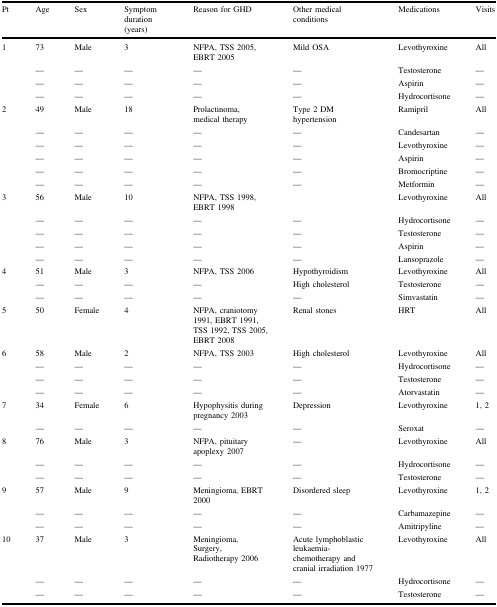
<table><thead><tr><td><b>Pt</b></td><td><b>Age</b></td><td><b>Sex</b></td><td><b>Symptom duration (years)</b></td><td><b>Reason for GHD</b></td><td><b>Other medical conditions</b></td><td><b>Medications</b></td><td><b>Visits</b></td></tr></thead><tbody><tr><td>1</td><td>73</td><td>Male</td><td>3</td><td>NFPA, TSS 2005, EBRT 2005</td><td>Mild OSA</td><td>Levothyroxine</td><td>All</td></tr><tr><td></td><td>—</td><td>—</td><td>—</td><td>—</td><td>—</td><td>Testosterone</td><td>—</td></tr><tr><td></td><td>—</td><td>—</td><td>—</td><td>—</td><td>—</td><td>Aspirin</td><td>—</td></tr><tr><td></td><td>—</td><td>—</td><td>—</td><td>—</td><td>—</td><td>Hydrocortisone</td><td>—</td></tr><tr><td>2</td><td>49</td><td>Male</td><td>18</td><td>Prolactinoma, medical therapy</td><td>Type 2 DM hypertension</td><td>Ramipril</td><td>All</td></tr><tr><td></td><td>—</td><td>—</td><td>—</td><td>—</td><td>—</td><td>Candesartan</td><td>—</td></tr><tr><td></td><td>—</td><td>—</td><td>—</td><td>—</td><td>—</td><td>Levothyroxine</td><td>—</td></tr><tr><td></td><td>—</td><td>—</td><td>—</td><td>—</td><td>—</td><td>Aspirin</td><td>—</td></tr><tr><td></td><td>—</td><td>—</td><td>—</td><td>—</td><td>—</td><td>Bromocriptine</td><td>—</td></tr><tr><td></td><td>—</td><td>—</td><td>—</td><td>—</td><td>—</td><td>Metformin</td><td>—</td></tr><tr><td>3</td><td>56</td><td>Male</td><td>10</td><td>NFPA, TSS 1998, EBRT 1998</td><td></td><td>Levothyroxine</td><td>All</td></tr><tr><td></td><td>—</td><td>—</td><td>—</td><td>—</td><td>—</td><td>Hydrocortisone</td><td>—</td></tr><tr><td></td><td>—</td><td>—</td><td>—</td><td>—</td><td>—</td><td>Testosterone</td><td>—</td></tr><tr><td></td><td>—</td><td>—</td><td>—</td><td>—</td><td>—</td><td>Aspirin</td><td>—</td></tr><tr><td></td><td>—</td><td>—</td><td>—</td><td>—</td><td>—</td><td>Lansoprazole</td><td>—</td></tr><tr><td>4</td><td>51</td><td>Male</td><td>3</td><td>NFPA, TSS 2006</td><td>Hypothyroidism</td><td>Levothyroxine</td><td>All</td></tr><tr><td></td><td>—</td><td>—</td><td>—</td><td>—</td><td>High cholesterol</td><td>Testosterone</td><td>—</td></tr><tr><td></td><td>—</td><td>—</td><td>—</td><td>—</td><td>—</td><td>Simvastatin</td><td>—</td></tr><tr><td>5</td><td>50</td><td>Female</td><td>4</td><td>NFPA, craniotomy 1991, EBRT 1991, TSS 1992, TSS 2005, EBRT 2008</td><td>Renal stones</td><td>HRT</td><td>All</td></tr><tr><td>6</td><td>58</td><td>Male</td><td>2</td><td>NFPA, TSS 2003</td><td>High cholesterol</td><td>Levothyroxine</td><td>All</td></tr><tr><td></td><td>—</td><td>—</td><td>—</td><td>—</td><td>—</td><td>Hydrocortisone</td><td>—</td></tr><tr><td></td><td>—</td><td>—</td><td>—</td><td>—</td><td>—</td><td>Testosterone</td><td>—</td></tr><tr><td></td><td>—</td><td>—</td><td>—</td><td>—</td><td>—</td><td>Atorvastatin</td><td>—</td></tr><tr><td>7</td><td>34</td><td>Female</td><td>6</td><td>Hypophysitis during pregnancy 2003</td><td>Depression</td><td>Levothyroxine</td><td>1, 2</td></tr><tr><td></td><td>—</td><td>—</td><td>—</td><td>—</td><td>—</td><td>Seroxat</td><td>—</td></tr><tr><td>8</td><td>76</td><td>Male</td><td>3</td><td>NFPA, pituitary apoplexy 2007</td><td>—</td><td>Levothyroxine</td><td>All</td></tr><tr><td></td><td>—</td><td>—</td><td>—</td><td>—</td><td>—</td><td>Hydrocortisone</td><td>—</td></tr><tr><td></td><td>—</td><td>—</td><td>—</td><td>—</td><td>—</td><td>Testosterone</td><td>—</td></tr><tr><td>9</td><td>57</td><td>Male</td><td>9</td><td>Meningioma, EBRT 2000</td><td>Disordered sleep</td><td>Levothyroxine</td><td>1, 2</td></tr><tr><td></td><td>—</td><td>—</td><td>—</td><td>—</td><td>—</td><td>Carbamazepine</td><td>—</td></tr><tr><td></td><td>—</td><td>—</td><td>—</td><td>—</td><td>—</td><td>Amitripyline</td><td>—</td></tr><tr><td>10</td><td>37</td><td>Male</td><td>3</td><td>Meningioma, Surgery, Radiotherapy 2006</td><td>Acute lymphoblastic leukaemia-chemotherapy and cranial irradiation 1977</td><td>Levothyroxine</td><td>All</td></tr><tr><td></td><td>—</td><td>—</td><td>—</td><td>—</td><td>—</td><td>Hydrocortisone</td><td>—</td></tr><tr><td></td><td>—</td><td>—</td><td>—</td><td>—</td><td>—</td><td>Testosterone</td><td>—</td></tr></tbody></table>